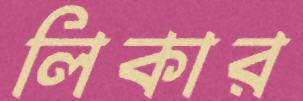
লিকার